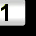
Digit: 1